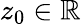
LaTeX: z_{0}\in\mathbb{R}